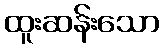
ထူးဆန်းသော